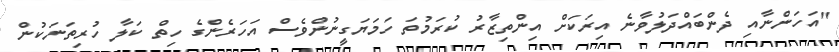
"އަހަންނާއި ދެންބައްދަލުވާނެ އިރަކަށް އިންތިޒާރު ކުރަމުތަ ހަމަޔަގީނުންވެސް އަހަރެންގެ ހިތް ކަލާ ހުރިތަނަކުން